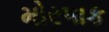
મોરપાક